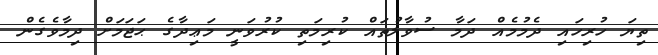
ތިޔަ ހުރިހައި ދެމުމެއް ދަމާ ސުވާލުތައް ކުރިމަތި ކުރުވަނީ މަޢިދާގެ ޙަޖަމަށް ދިމާވެގެން